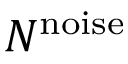
N ^ { \mathrm { n o i s e } }